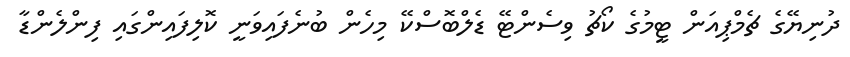
ދުނިޔޭގެ ޗެމްޕިއަން ޓީމުގެ ކޯޗު ވިސެންޓޭ ޑެލްބޮސްކޭ މިހެން ބުނެފައިވަނީ ކޮލިފައިންގައި ފިންލެންޑާ